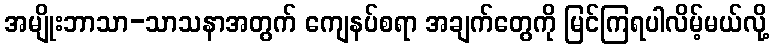
အမျိုးဘာသာ-သာသနာအတွက် ကျေနပ်စရာ အချက်တွေကို မြင်ကြရပါလိမ့်မယ်လို့